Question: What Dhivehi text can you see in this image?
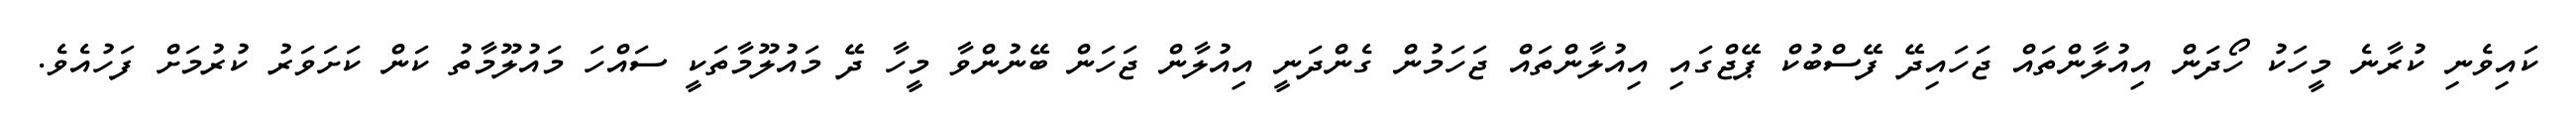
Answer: ކައިވެނި ކުރާނެ މީހަކު ހޯދަން އިއުލާންތައް ޖަހައިދޭ ފޭސްބުކް ޕޭޖްގައި އިއުލާންތައް ޖަހަމުން ގެންދަނީ އިއުލާން ޖަހަން ބޭނުންވާ މީހާ ދޭ މައުލޫމާތަކީ ސައްހަ މައުލޫމާތު ކަން ކަށަވަރު ކުރުމަށް ފަހުއެވެ.